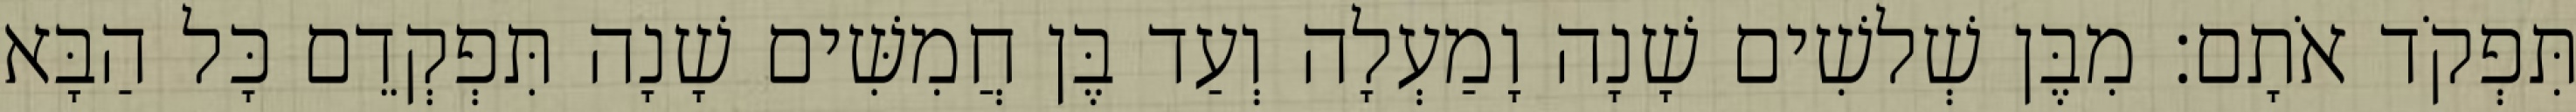
תִּפְקֹד אֹתָם׃ מִבֶּן שְׁלשִׁים שָׁנָה וָמַעְלָה וְעַד בֶּן חֲמִשִּׁים שָׁנָה תִּפְקְדֵם כָּל הַבָּא